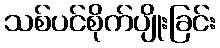
သစ်ပင်စိုက်ပျိုးခြင်း